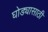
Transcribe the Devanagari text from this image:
घोड्यासाठी